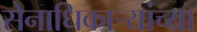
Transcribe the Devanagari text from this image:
सेनाधिकाऱ्यांच्या